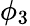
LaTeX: \phi_{3}